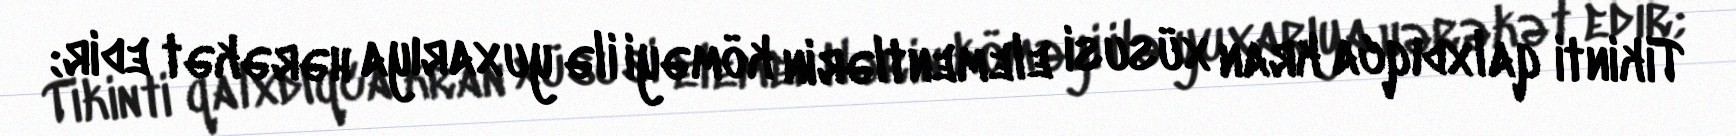
Tikinti qalxdıqca kran xüsusi elementlərin köməyi ilə yuxarıya hərəkət edir;